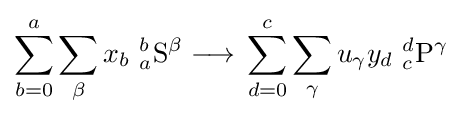
\sum _{b=0}^{a}\sum _{\beta }x_{b}\ {_{a}^{b}}{\mathrm {S} }^{\beta }{{}\mathrel {\longrightarrow } {}}\sum _{d=0}^{c}\sum _{\gamma }u_{\gamma }y_{d}\ {_{c}^{d}}{\mathrm {P} }^{\gamma }